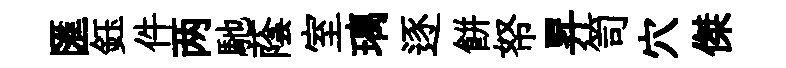
匯鈺件两馳蔭室璃逐餅帑昇笥穴傑